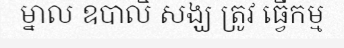
ម្នាល ឧបាលិ សង្ឃ ត្រូវ ធ្វើកម្ម